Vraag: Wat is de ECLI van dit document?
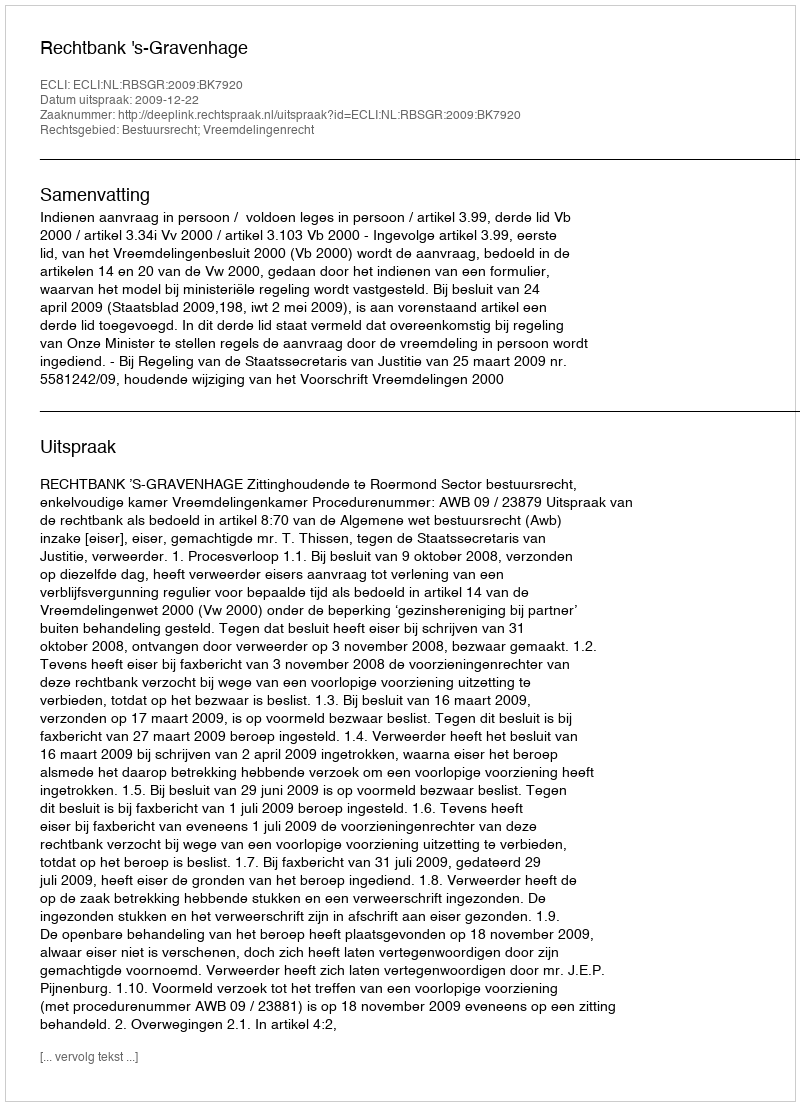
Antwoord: ECLI:NL:RBSGR:2009:BK7920